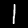
Label: 1